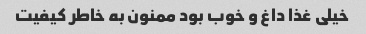
خیلی غذا داغ و خوب بود ممنون به خاطر کیفیت